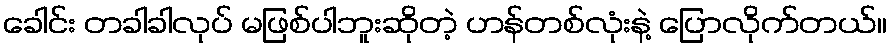
ခေါင်း တခါခါလုပ် မဖြစ်ပါဘူးဆိုတဲ့ ဟန်တစ်လုံးနဲ့ ပြောလိုက်တယ်။